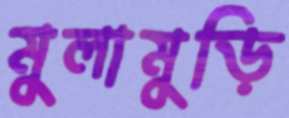
মুলামুড়ি